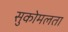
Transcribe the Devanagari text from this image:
सुकोमलता